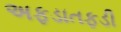
અફડાતફડી